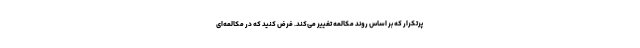
پرتکرار که بر اساس روند مکالمه تغییر می‌کند. فرض کنید که در مکالمه‌ای